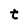
Character: t